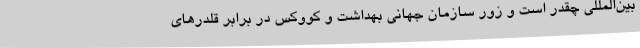
بین‌المللی چقدر است و زور سازمان جهانی بهداشت و کووکس در برابر قلدرهای